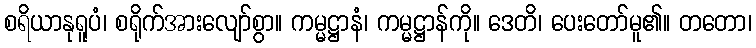
စရိယာနုရူပံ၊ စရိုက်အားလျော်စွာ။ ကမ္မဋ္ဌာနံ၊ ကမ္မဋ္ဌာန်ကို။ ဒေတိ၊ ပေးတော်မူ၏။ တတော၊